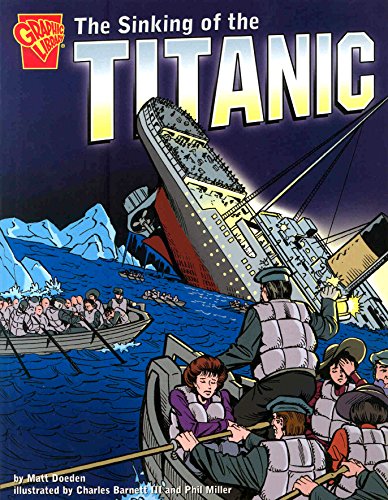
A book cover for The Sinking of the Titanic (Graphic History); Matt Doeden; Children's Books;